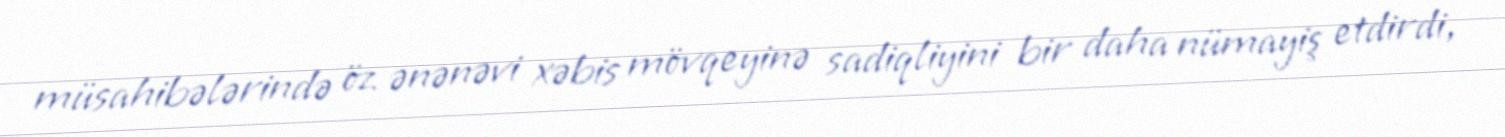
müsahibələrində öz ənənəvi xəbis mövqeyinə sadiqliyini bir daha nümayiş etdirdi,